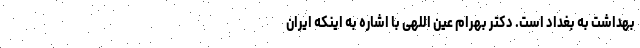
بهداشت به بغداد است. دکتر بهرام عین اللهی با اشاره به اینکه ایران